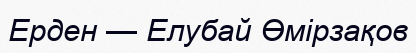
Ерден — Елубай Өмірзақов